[Report on the health of British troops in the Madras command]
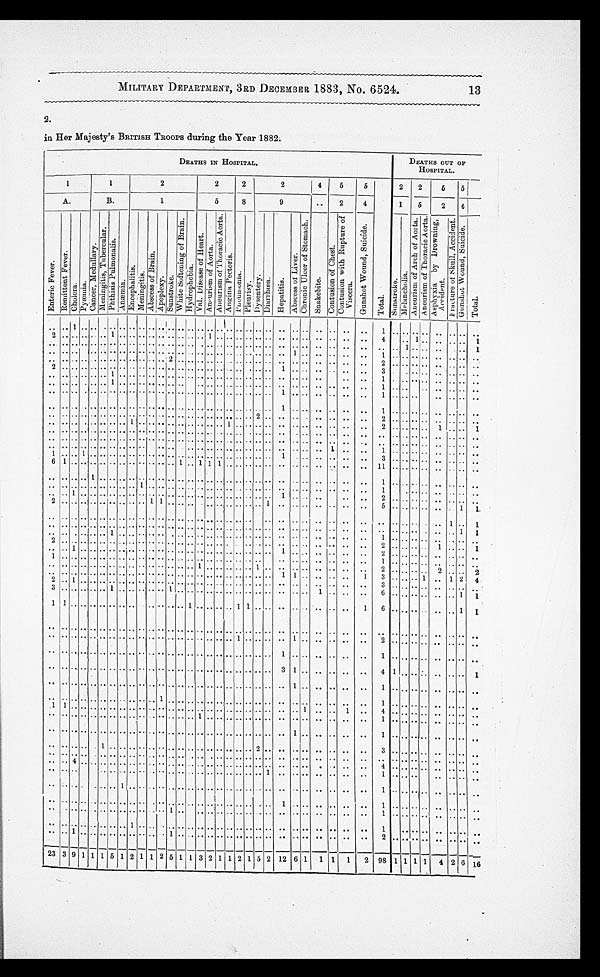
MILITARY DEPARTMENT, 3RD DECEMBER 1883, No. 6524.
13
2.
in Her Majesty's BRITISH TROOPS during the Year 1882:
DEATHS IN HOSPITAL.
DEATHS
HOSPITAL.
OUT .
1
1
2
2
2
2
1
5
5
2
2
6
A.
B.
1
5
8
9
.
4
1
5
2
4, 1
C)
44
_
..c. -1
( . . . 4
. . ,0
W
0
ii
''';
..i
0
0
tt
."
E.
ilj
g
.4
.-,
.0
—4 3
A
0
.5:
. •••I 0
P42
...-.
p-,
Da
M
•-•
rts 0
t. q
ti
g
cd
o
.,'Eb
'C.
G
i
''.9
E:4
-
-1, -
RI
• ,-..4
g
4
.-4
m
'',,i
1
El
"2,
'4'.
4..J
P-1
•
. c ,1
,,.
C,
1
—,
7,
,C4
G.
CD
C.)
n•=1
.-4-
a
9
: c ,1
,
:C 1
k
P:1
0
2
0 C.., m
-1
,..
, 4,--,
• P c;
,--„ti
r
,-1
-glo g 4-0 P,z,---. ggg
,
0
X
g
ti
g
v-I
4
PP
4-
0
b.0
.,
c.i
4S)
i ;•-•
14
.3
.-.•
,g
;' ,:- ,-
c.,
1:.S
1 o
4
p
rd
.
A..-
t
m
0
P:1
r,
c.
' -' ,
t
it,
,..,
>
m
F...
,. '
,....,
c
Ei
.;.,- .,
''
;.
..t
m
0
-4
0
-8
m
0
.,r1
r4
+ 04
'4
t'
0
1
1
.
1
1
rn
:*r.
i 0
,
. „. -, '
4-44
„ g
Cf.
-,!
m
54 .
.
?.
j
0
4
-
-=,
, 4..
:74
g
,--,
n.,
- .
.'...1 2
, "
Hg
E.
...,.
;,...
2.
-
1
.- , , , .
.•-n
a
,,3
I
,..,
4-?.
t' d
P-4
Z
c
o
• ,-:,
'1-8
1)
t
72
-.0
-4
,..a
a
m
0
.O-
I)
4,
0
ti
0
r..)
,?..
g
r. . ,
-o
CD
ai
' . . 4,Ei
1. ,
ct
o
7)
-4..
cf,
-g
c.)
1-2,
0
' 9 .'
F
;1
C.)
_
4-,
0
2
g
P P'
g
44
...
. .
0
..9 c8 il
. , . 5.)
g •. . .
4
o
c..)
a. 3
ed
—
.c
-
ro
g
0
0
P- r.
1.:.
gzi
.
C.
,--n 0
,
0
E-1
_
-')
0
-t
g
-.
,t
,...
,4
c.,
g Ct
.--,
0
;;-71
j
8
4-
0
41
4
--1
4-4
o
. 4
Z
0
;1
-I
-8°0
—
".- ,',
2
F-1
4,
o
• ,?.'
o
=
-r
tB
. 8
0
k
r0
.4 c.
k ,-. 0
-4 ,..-
c... -
. . , , , ... 4
-1
lil
41 .i
, --)
'
-4
,-,
7-
4-,
0.>
E::
,
..,
::::
•-`'
)
Q
'E
I
p
>
..,
'
g
z
:b
•
.--- 4
4..
(2,
E-4
1
I
i
I
. . 1 1 .. .. .. .. 1
1 • •
••
• •
••
..
' 2
3 . . .. .. .. .. .. ..
• • . • • • . .
. . . .
. . . . . . . .
1
1
.
• •
..
H.
..
6 1 ..................... 1..11
...................
.. 11 . .... .. .. .. .. ..
•
• • •
1 . . .
.. • • .. ..
1
1
. • .. ..
..
.
1.
• •
2
.
. . . . . . .. • . . 1 1 • • • ..
1
5 • . • .. .. . 1 L
•
•
•
• •
.
.
.
. .
.
1
.1 ..;
1
2 • . •
1 .. .
1
.
1
.
. ..
I
.
. . .. .. . .. .. . . . . . . . .
. . • .
. . . .
2
• • • • •
. .
•
2
• •
•
. . •. . 2
. 2
1
1
. •
• •
1
3
1
.1
1 2 4
'
. .
•
. . .
3 .. • . . . . , , 1 .. . . .... 1
.
. 1 1
1 1 .. . • . . . , . • . .
. . . • . . . . 1 . . .. .. 1 1 .. .. .. .. .. .
. .
1
6 .. „ . .
•
• 1 1
. •
1 .. .. .. .. ..
..
..
3 1 .. .. .. .. ..
4 1
1 .. .. .. .. .. .. .. ..
1
..
1 .. .. .. .. .. .. ..
1
3 .. .. .. .. ... .. .. ..
.. ..
.. .. .. ..
•
1
.
.
• • . • • ..
.
1 .
. .. .. ..
.
1
• • • • • ..
-
--...n --.., ---. a ...... a. a
•
a.
•
..--... ..-... ..--n
•
_.,....
•
• •
.......
• •
. .
-..... ...........
23
•
3 9 1 1 1 5 1 2 1 1 2 5 1 1. 3 2 1 1 2 1 5 2 12 6 1 1 1 I
2 98.1 1 1 1
.
4 2
i
6 16